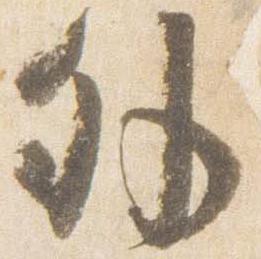
外